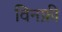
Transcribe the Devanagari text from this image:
विनफ्री